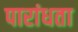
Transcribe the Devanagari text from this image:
पारांधता